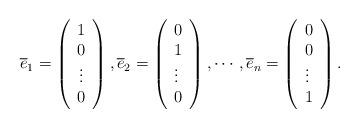
LaTeX: \begin{align*}\overline{e}_{1}=\left(\begin{array}{c}1 \\0\\\vdots \\0\end{array}\right), \overline{e}_{2}=\left(\begin{array}{l}0 \\1 \\\vdots \\0\end{array}\right), \cdots, \overline{e}_{n}=\left(\begin{array}{l}0 \\0 \\\vdots \\1\end{array}\right) .\end{align*}